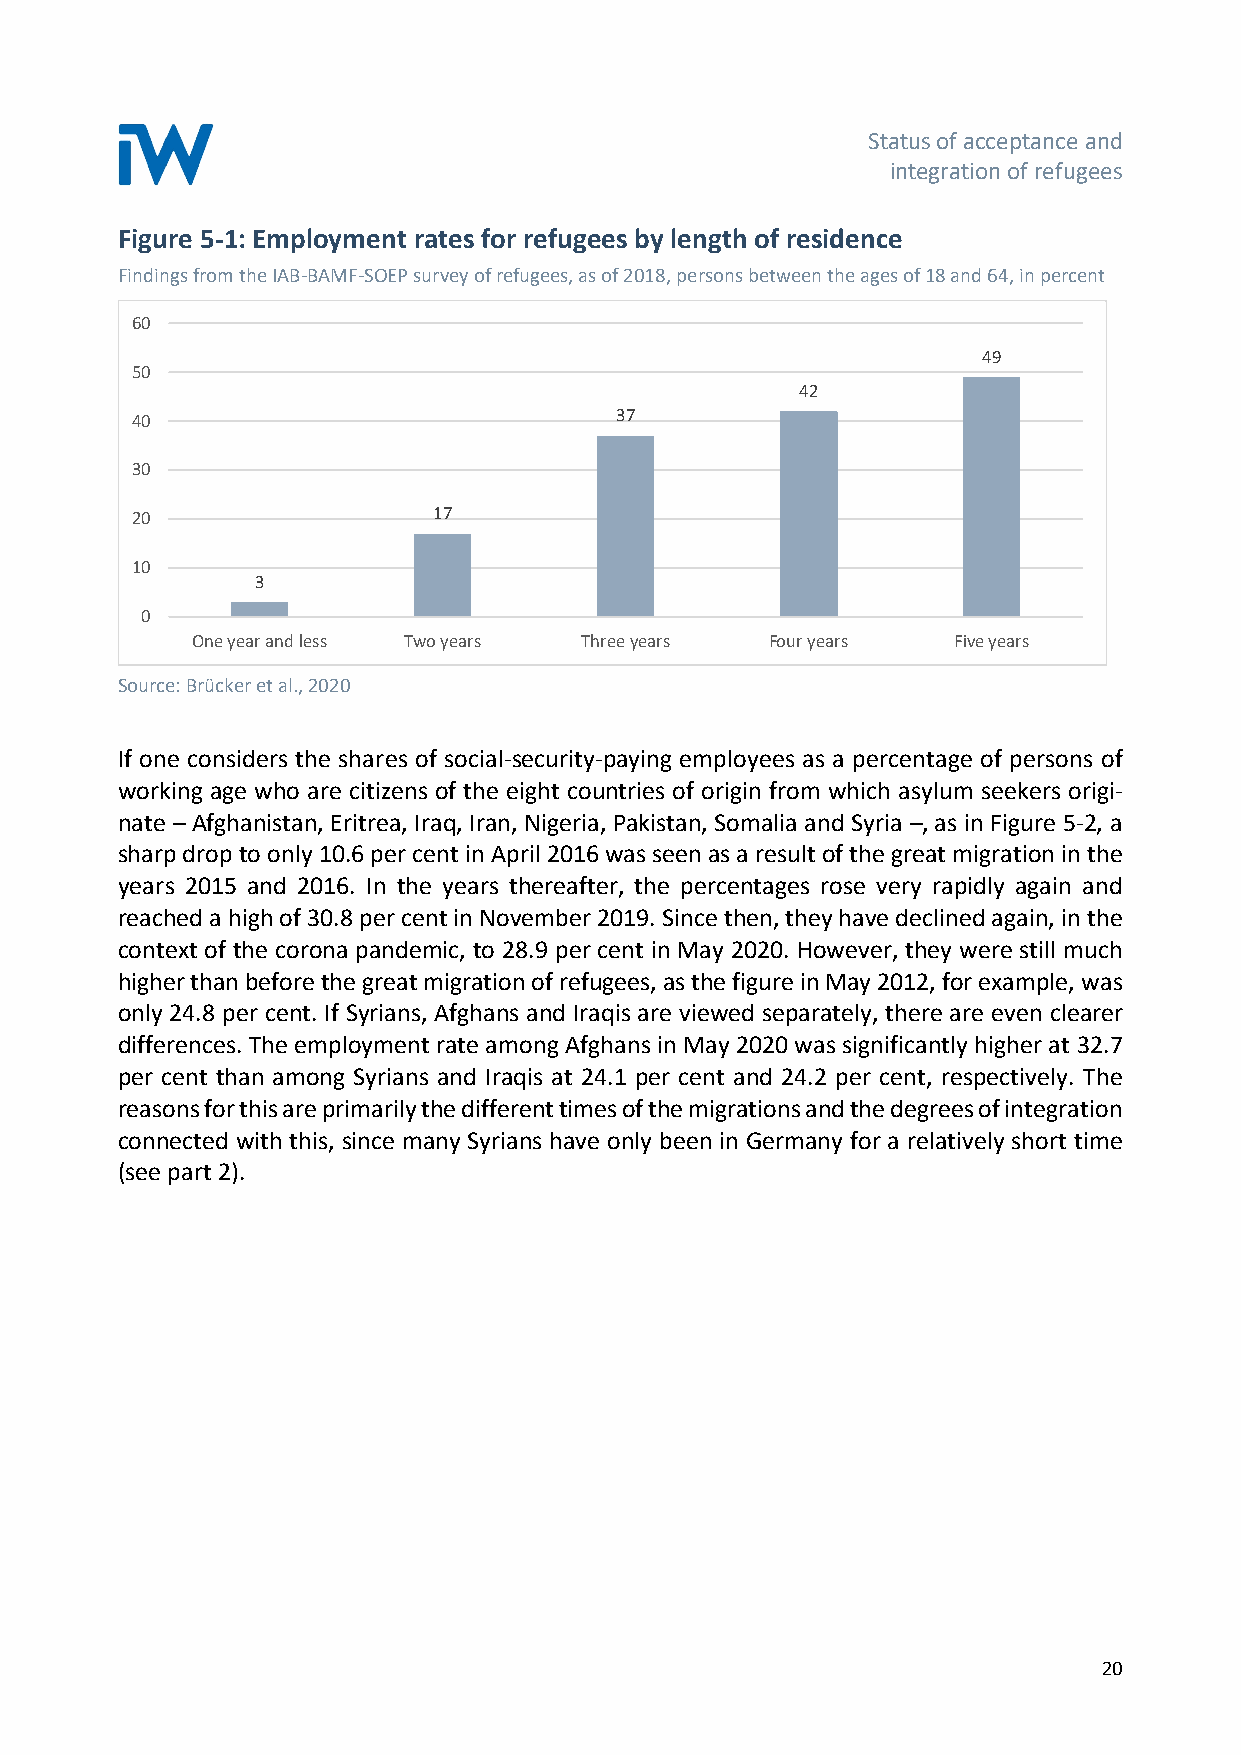
Status of acceptance and
 integration of refugees
 Figure 5-1: Employment rates for refugees by length of residence
 Findings from the IAB-BAMF-SOEP survey of refugees, as of 2018, persons between the ages of 18 and 64, in percent
 60
 49
 50
 42
 40                              37
 30
 20                  17
 10
 3
 0
 One year and less Two years Three years Four years Five years
 Source: Brücker et al., 2020
 If one considers the shares of social-security-paying employees as a percentage of persons of
 working age who are citizens of the eight countries of origin from which asylum seekers origi-
 nate – Afghanistan, Eritrea, Iraq, Iran, Nigeria, Pakistan, Somalia and Syria –, as in Figure 5-2, a
 sharp drop to only 10.6 per cent in April 2016 was seen as a result of the great migration in the
 years 2015 and 2016. In the years thereafter, the percentages rose very rapidly again and
 reached a high of 30.8 per cent in November 2019. Since then, they have declined again, in the
 context of the corona pandemic, to 28.9 per cent in May 2020. However, they were still much
 higher than before the great migration of refugees, as the figure in May 2012, for example, was
 only 24.8 per cent. If Syrians, Afghans and Iraqis are viewed separately, there are even clearer
 differences. The employment rate among Afghans in May 2020 was significantly higher at 32.7
 per cent than among Syrians and Iraqis at 24.1 per cent and 24.2 per cent, respectively. The
 reasons for this are primarily the different times of the migrations and the degrees of integration
 connected with this, since many Syrians have only been in Germany for a relatively short time
 (see part 2).
 20